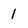
Character: 1